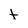
Character: t